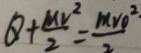
\theta + \frac { M v ^ { 2 } } { 2 } = \frac { m v _ { 0 } ^ { 2 . } } { 2 }